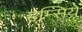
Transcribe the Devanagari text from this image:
हंम्सिये